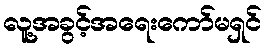
လူ့အခွင့်အရေးကော်မရှင်